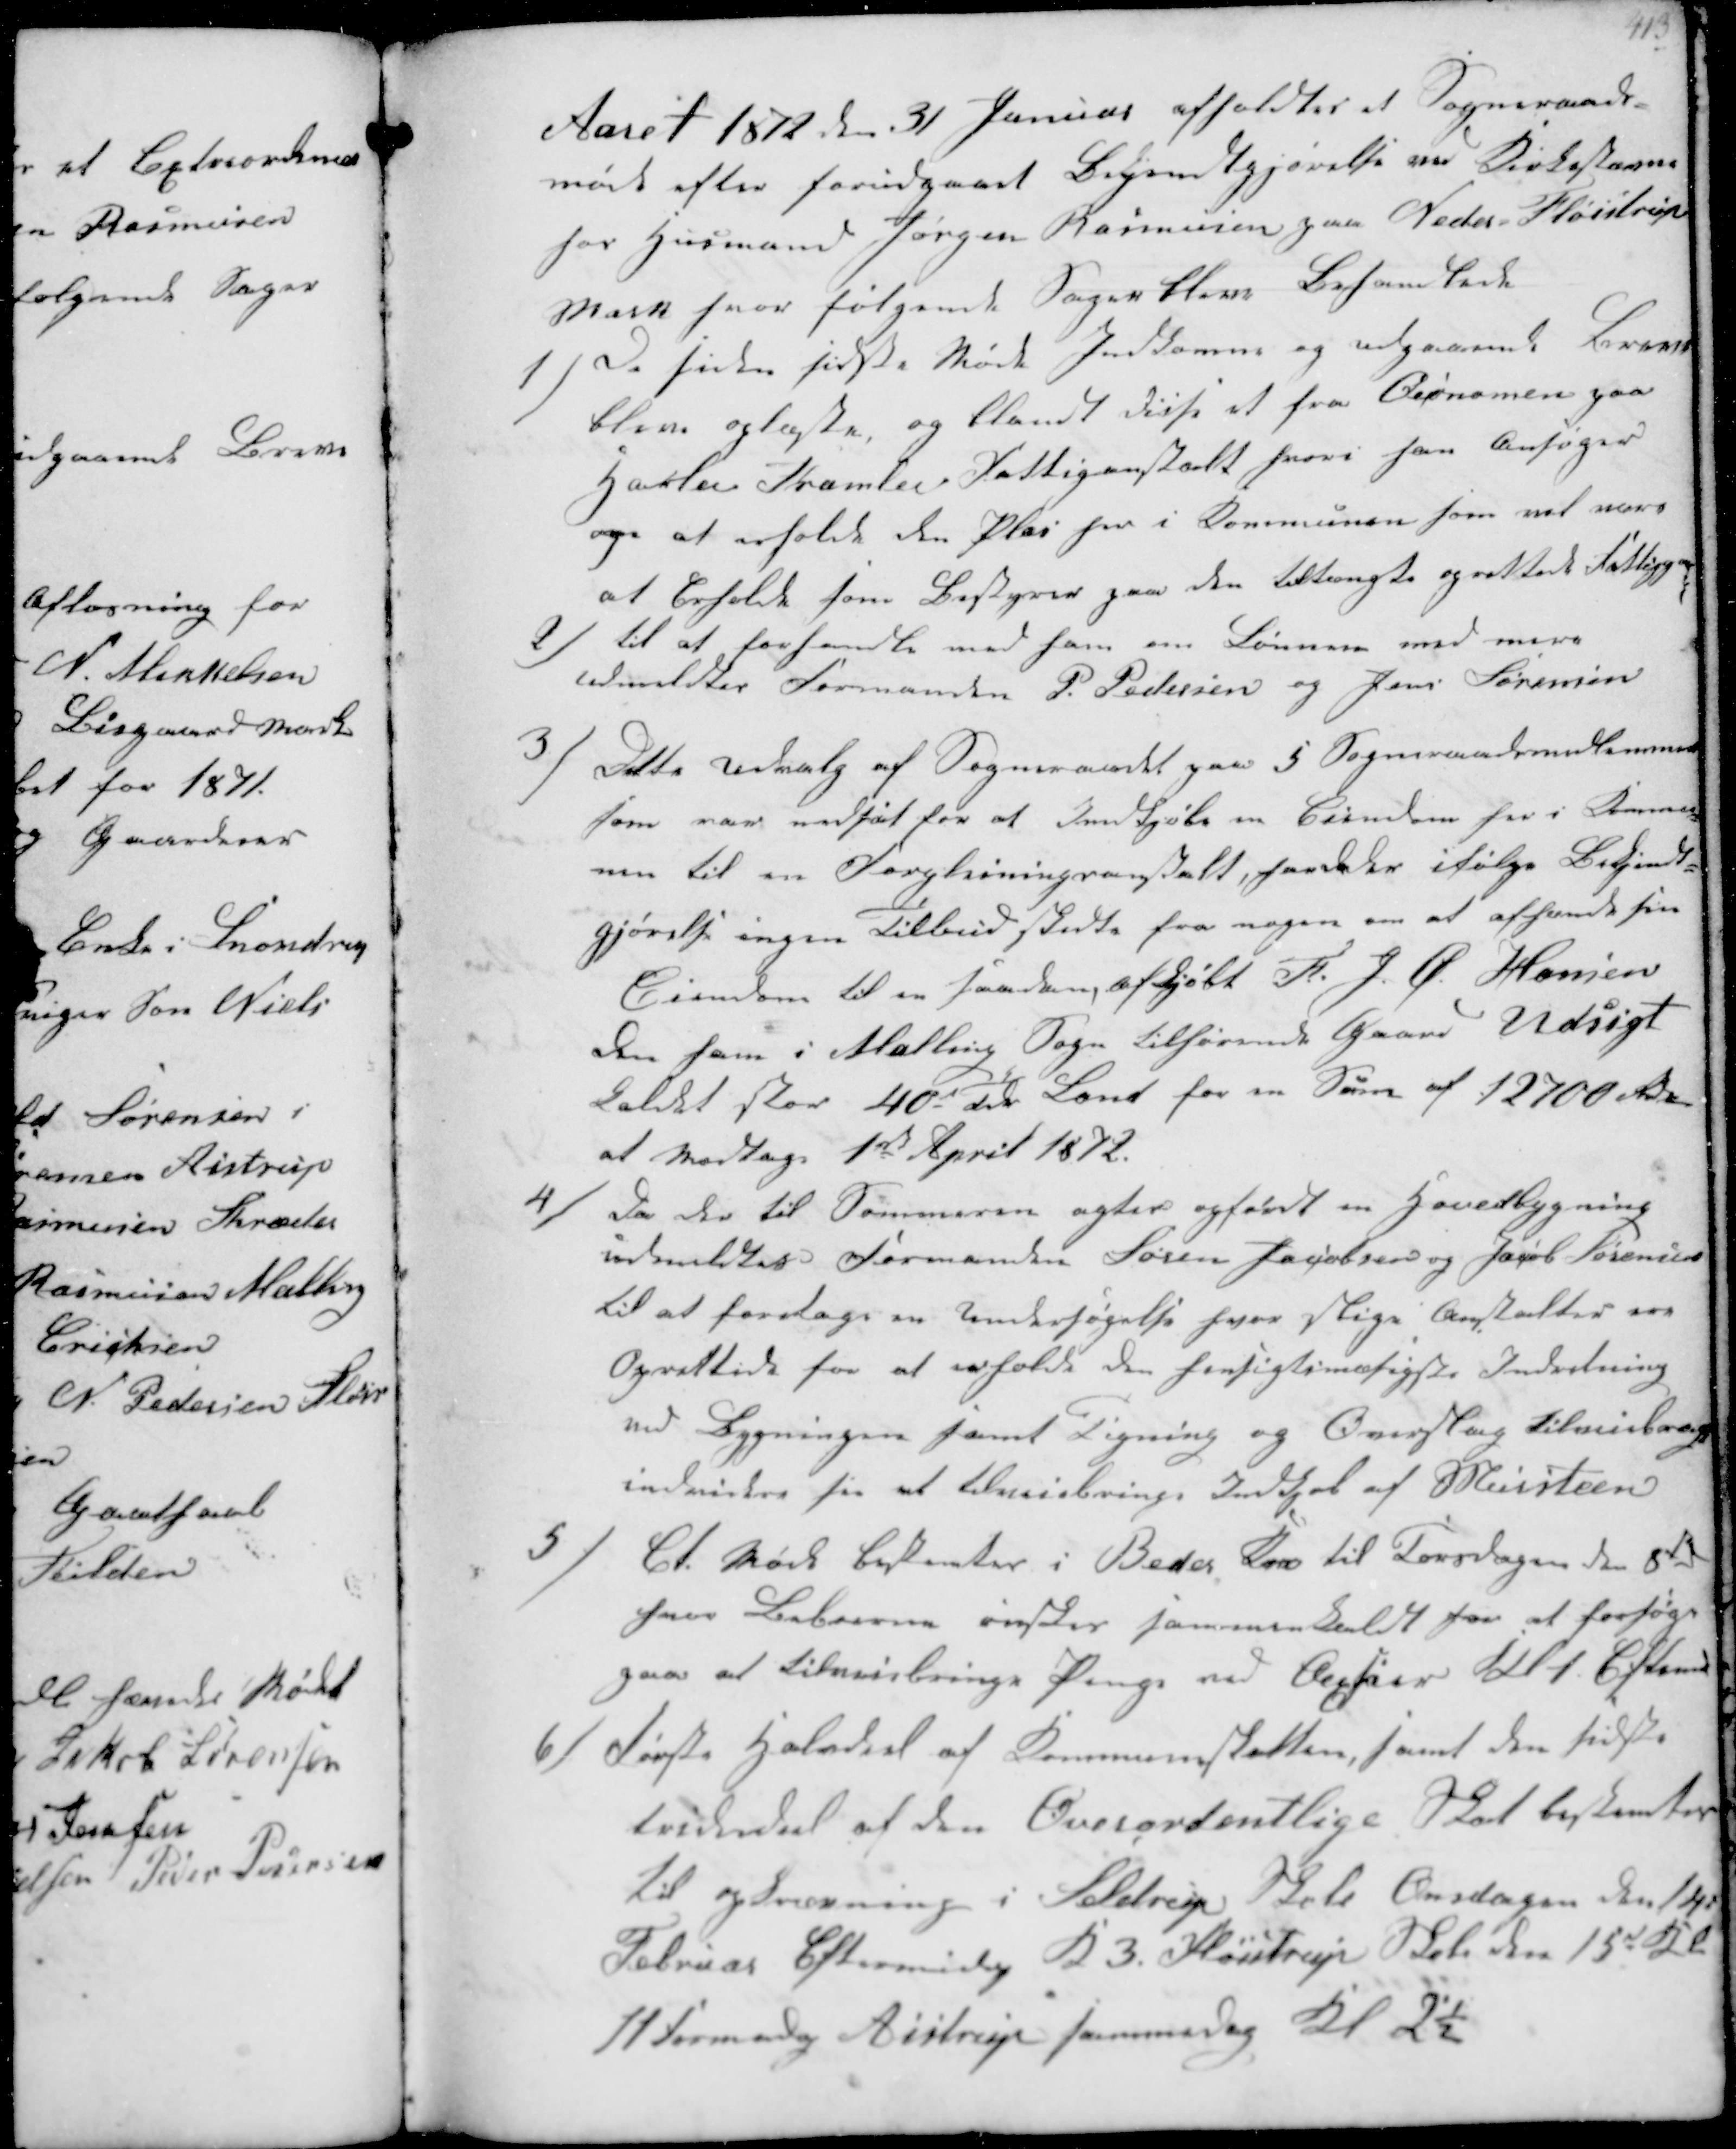
Transskription:
Aaret 1872 d 31 Januar afholdtes et Sogneraads-
møde efter forudgaaet Bekjentgjørelse ved Kirkestævne
hos Husmand Jørgen Rasmussen paa Neder Fløistrup
Mark hvor følgende Sager blev Behandlede

1/
De siden sidste Møde indkomne og udgaaede Breve
blev oplæste, og blandt disse et fra Økonomaen paa
Harlev Framlev Fattiganstalt hvori han Ansøger
om at erholde den Plas her i kommunen som vil være
at Erholde som Bestyrer paa den tiltængte oprettede Fattigg

2/
til at forhandle med ham om Lønnen med mere
udmeldtes Formanden P. Pedersen og Jens Sørensen

3/
Dette Udvalg af Sogneraadet paa 5 Sogneraadsmedlemmer
som var indført for at Indkjøbe en Eiendom her i Kommu-
nen til en Forplejningsanstalt  ifølge Bekjendt-
gjørelse ingen Tilbud  fra nogen om at afhænde sin
Eiendom til en saadan, afkjøbt R.J.C. Hansen
den ham i Malling Sogn tilhørende Gaard Udsigt
Takst stor 40 Tdr Land for en Sum af 12700 k
at modtage 1ste April 1872

4/
Da der til Sommeren agtes opførdt en Hovedbygning
udmeldtes Formanden Søren Jacobsen og Jacob Sørensen
til at foretage en Undersøgelse hvor Slige Anstalter var
Oprettede for at erholde den hensigtsmæssigste Indretning
ved Bygningen samt Tegning og Overslag tilveiebragt
  for at tilvejebringe Indkjøb af Muursteen

5/
Et møde bestemtes i Beder Kro til Torsdagen den 8d
Jens Laursen ønsker sammenkaldt for at forsøge
paa af tilvejebringe Penge ved  Kl 1 Eftmd

6/
Første Halvdel af Kommuneskatten, samt den sidste
trediedel af den Overordentlige Skat bestemtes
til opkrævning i Seldrup Skole Onsdagen den 14d
Februar Eftermidag Kl 3. Fløjstrup Skole den 15d Kl
11 Formidg Aistrup samme dag Kl 2½